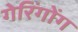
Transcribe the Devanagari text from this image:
गेरिंगोंग